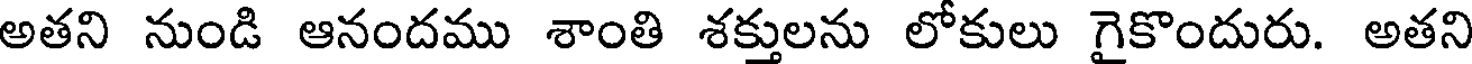
అతని నుండి ఆనందము శాంతి శక్తులను లోకులు గైకొందురు. అతని